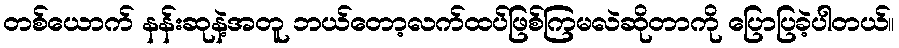
တစ်ယောက် နန်းဆုနဲ့အတူ ဘယ်တော့လက်ထပ်ဖြစ်ကြမလဲဆိုတာကို ပြောပြခဲ့ပါတယ်။